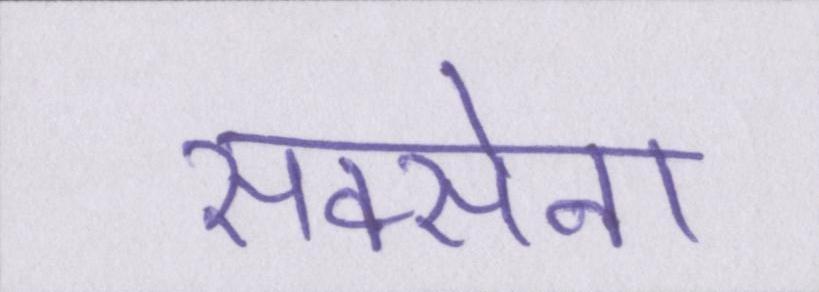
सक्सेना